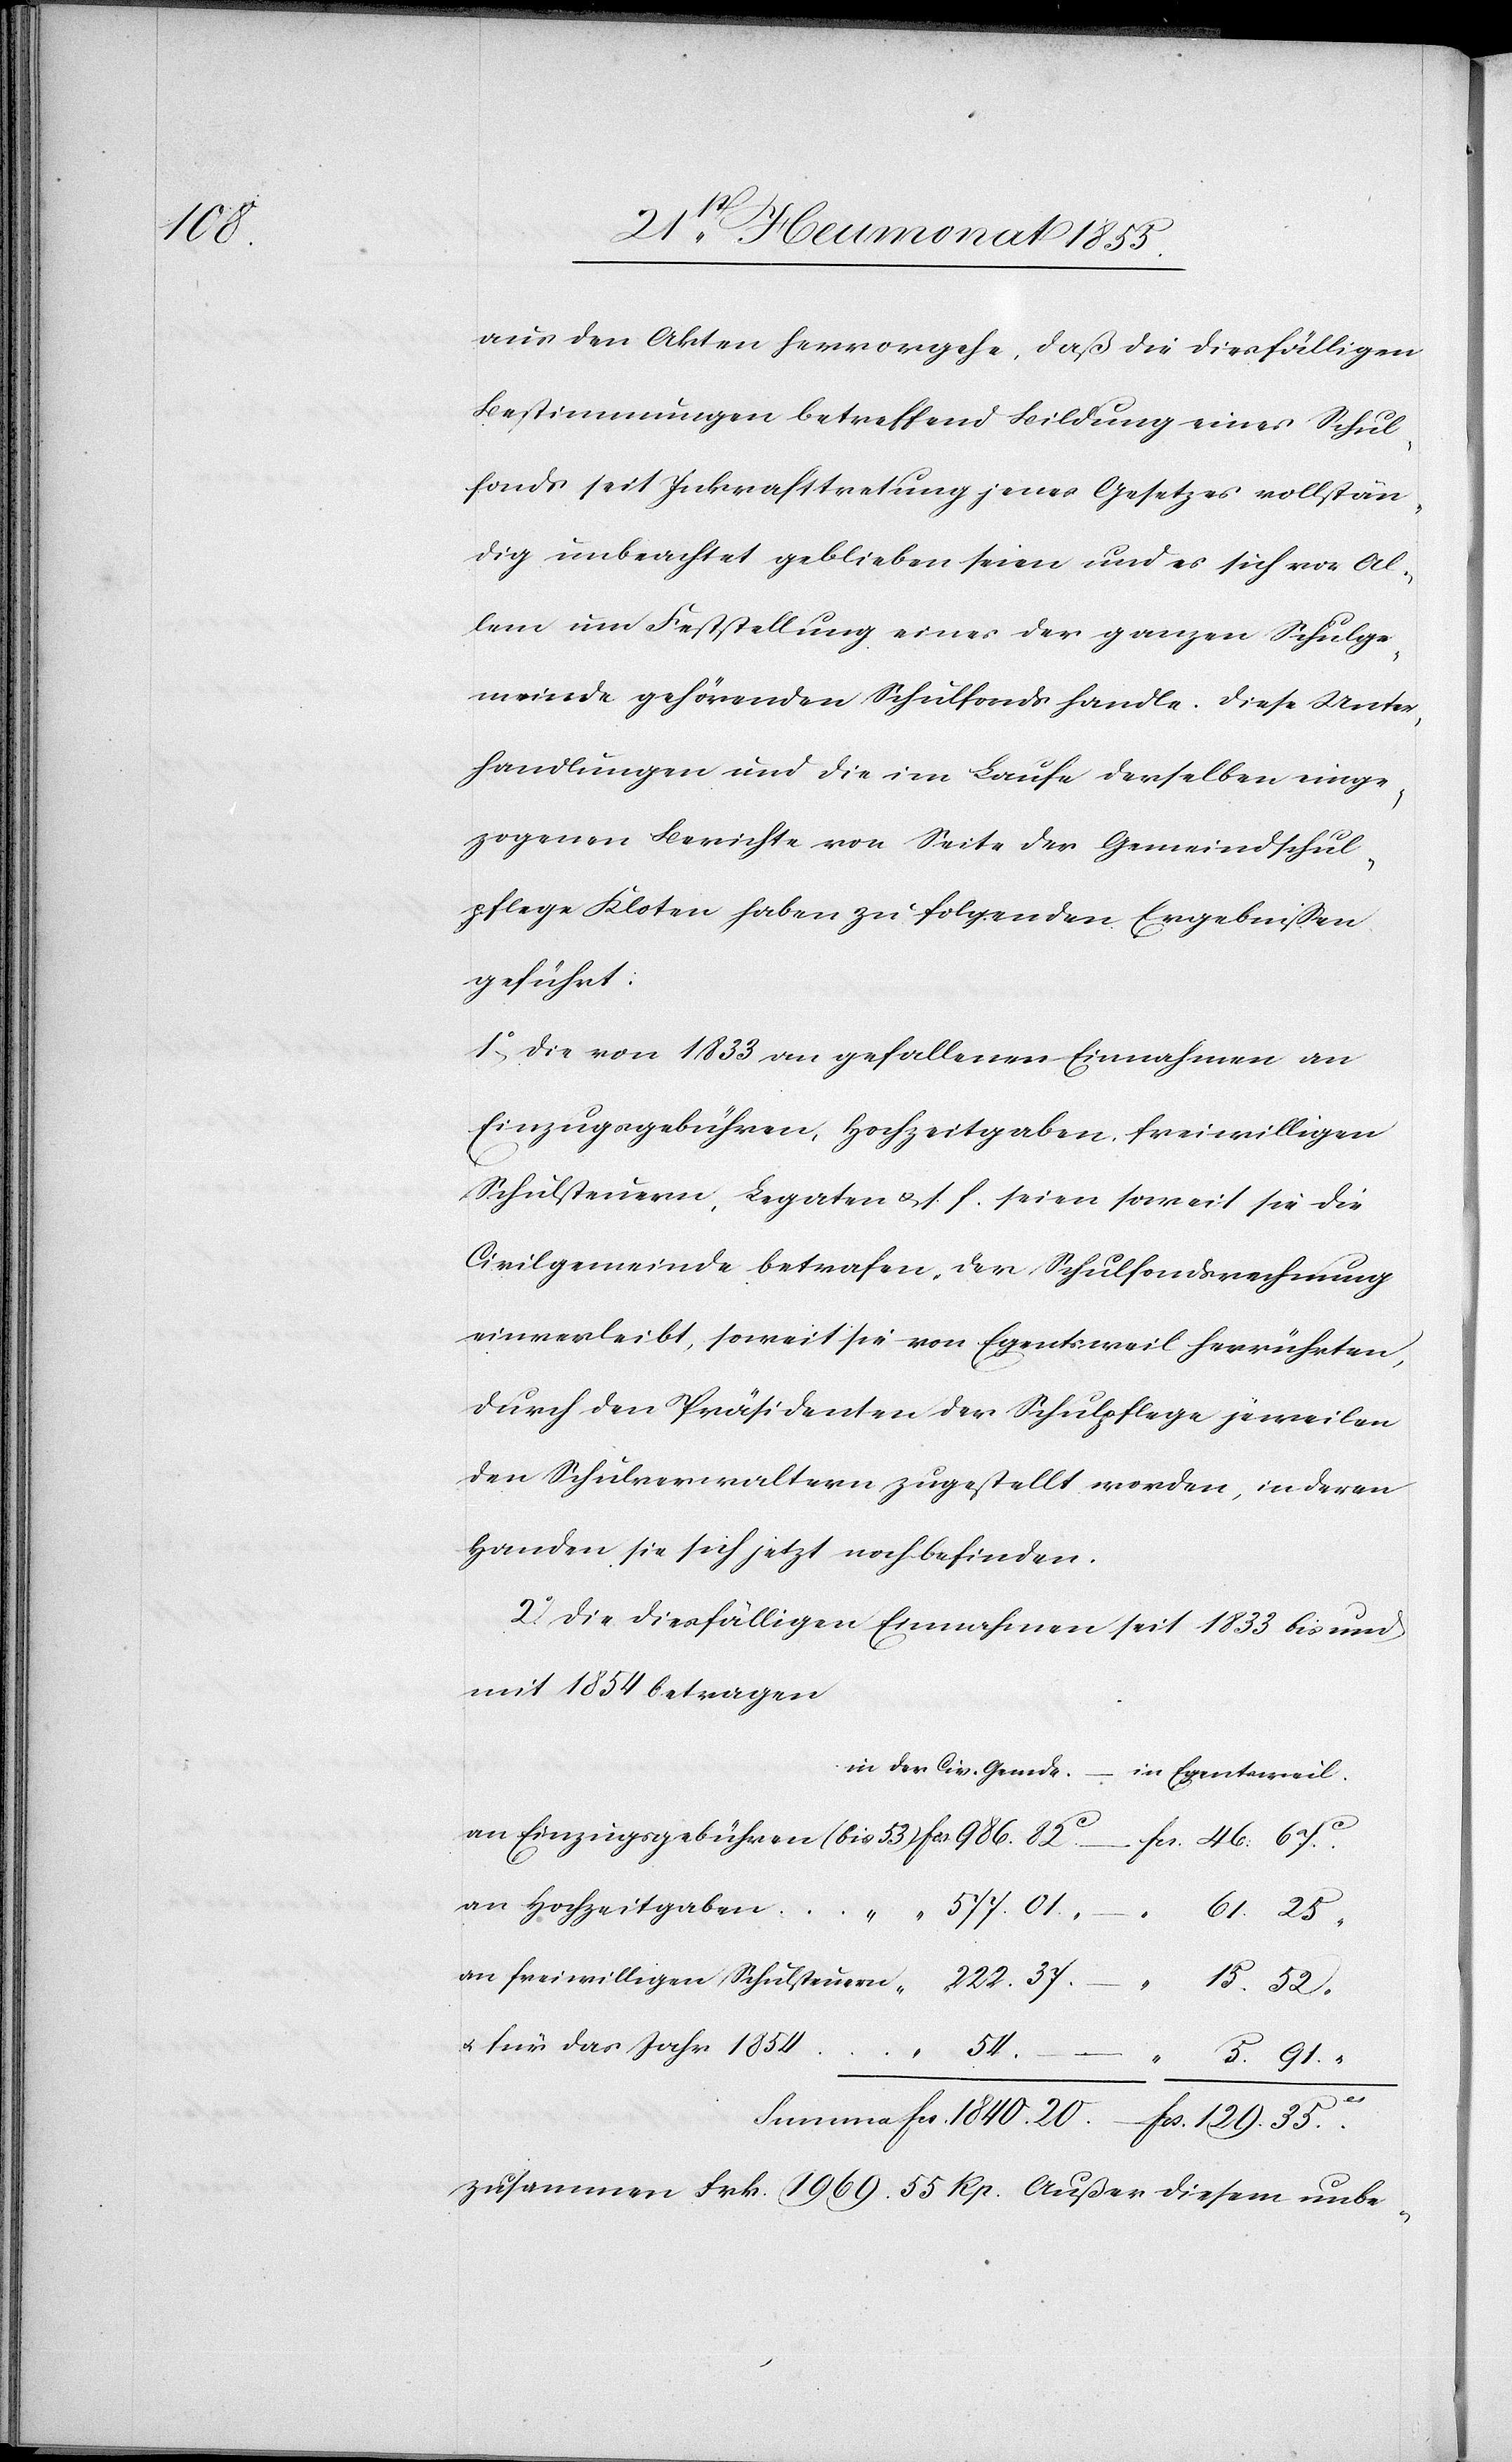
129.

aus den Akten hervorgehe, daß die diesfälligen
Bestimmungen betreffend Bildung eines Schul¬
fonds seit Inkrafttretung jenes Gesetzes vollstän¬
dig unbeachtet geblieben seien und es sich vor Al¬
lem um Feststellung eines der ganzen Schulge¬
meinde gehörenden Schulfonds handle. Diese Unter¬
handlungen und die im Laufe derselben einge¬
zogenen Berichte von Seite der Gemeindschul¬
pflege Kloten haben zu folgenden Ergebnissen
geführt:
1o, Die von 1833 an gefallenen Einnahmen an
Einzugsgebühren, Hochzeitgaben, freiwilligen
Schulsteuern, Legaten & s. f. seien soweit sie die
Civilgemeinde betrafen, der Schulfondsrechnung
einverleibt, soweit sie von Egentsweil herrührten,
durch den Präsidenten der Schulpflege jeweilen
den Schulverwaltern zugestellt worden, in deren
Handen sie sich jetzt noch befinden.
2o. Die diesfälligen Einnahmen seit 1833 bis und
mit 1854 betragen
zusammen Frk. 1969. 55 Rp. Außer diesem unbe-